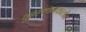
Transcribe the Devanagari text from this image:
पुनरुत्थानकालीन